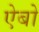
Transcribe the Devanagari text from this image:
ऐबो